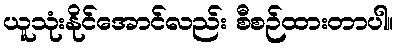
ယူသုံးနိုင်အောင်လည်း စီစဉ်ထားတာပါ။